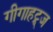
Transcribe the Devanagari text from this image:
गीगाहट्र्ज